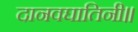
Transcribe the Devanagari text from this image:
दानवघातिनी॥